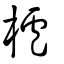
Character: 櫨